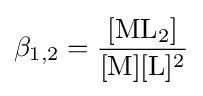
\beta _{1,2}=\mathrm {\frac {[ML_{2}]}{[M][L]^{2}}}